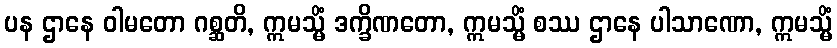
ပန ဌာနေ ဝါမတော ဂစ္ဆတိ, ဣမသ္မိံ ဒက္ခိဏတော, ဣမသ္မိံ စဿ ဌာနေ ပါသာဏော, ဣမသ္မိံ